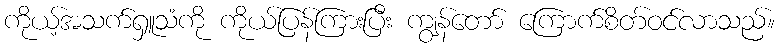
ကိုယ့်အသက်ရှူသံကို ကိုယ်ပြန်ကြားပြီး ကျွန်တော် ကြောက်စိတ်ဝင်လာသည်။